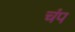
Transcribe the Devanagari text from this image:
चंप